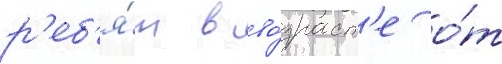
р'еб'я́т в во́зраст'е о́т